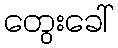
တွေးခေါ်